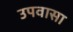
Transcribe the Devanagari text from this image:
उपवासा